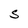
Character: S